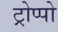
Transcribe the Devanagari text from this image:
ट्रोप्पो